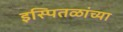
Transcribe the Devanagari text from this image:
इस्पितळांच्या